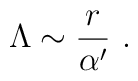
\Lambda\sim {r\over \alpha^\prime}~.